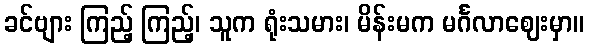
ခင်ဗျား ကြည့် ကြည့်၊ သူက ရုံးသမား၊ မိန်းမက မင်္ဂလာဈေးမှာ။